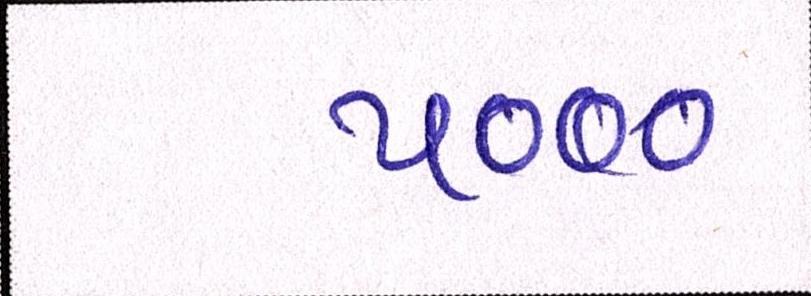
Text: ૫૦૦૦